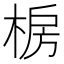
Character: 椖